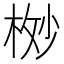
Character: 𬂸